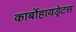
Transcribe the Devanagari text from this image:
कार्बोहायड्रेटस